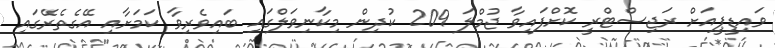
ވައިޑީޕީއަށް ރަޖިސްޓްރީ ކޮށްފައިވާ ޖުމްލަ 209 ކުދިން މިކާނިވަލްގައި ބައިވެރިވާ ކަމަށާއި އޭގެތެރޭގައި